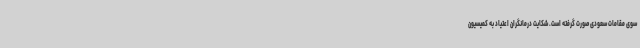
سوی مقامات سعودی صورت گرفته است. شکایت درمانگران اعتیاد به کمیسیون